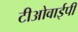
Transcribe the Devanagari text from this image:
टीओवाईपी